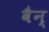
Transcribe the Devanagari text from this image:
वैन्